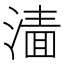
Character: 𰜲